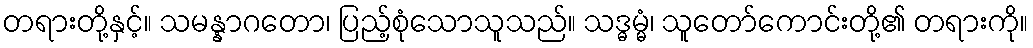
တရားတို့နှင့်။ သမန္နာဂတော၊ ပြည့်စုံသောသူသည်။ သဒ္ဓမ္မံ၊ သူတော်ကောင်းတို့၏ တရားကို။